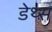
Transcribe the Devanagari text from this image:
डेथ्स